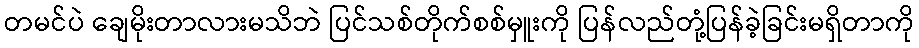
တမင်ပဲ ချေမိုးတာလားမသိဘဲ ပြင်သစ်တိုက်စစ်မှူးကို ပြန်လည်တုံ့ပြန်ခဲ့ခြင်းမရှိတာကို